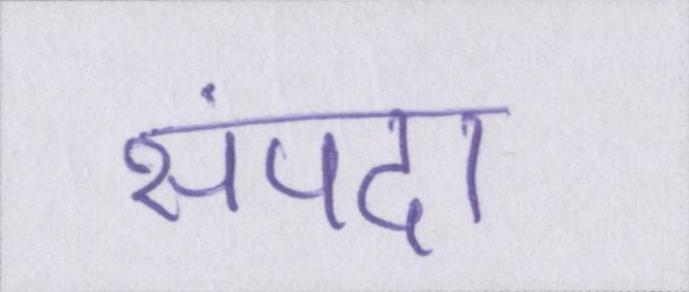
संपदा